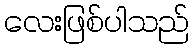
လေးဖြစ်ပါသည်